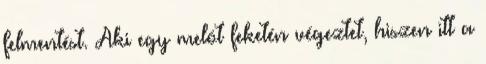
felmentést. Aki egy melót feketén végeztet, hiszen itt a